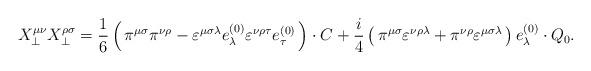
LaTeX: \begin{align*}X_\bot^{\mu\nu} X_\bot^{\rho\sigma} = \frac{1}{6} \left(\,\pi^{\mu\sigma} \pi^{\nu\rho} - \varepsilon^{\mu\sigma\lambda} e^{(0)}_\lambda\varepsilon^{\nu\rho\tau} e^{(0)}_\tau \, \right)\cdot C + \frac{i}{4} \left(\, \pi^{\mu\sigma} \varepsilon^{\nu\rho\lambda} + \pi^{\nu\rho} \varepsilon^{\mu\sigma\lambda} \, \right) e^{(0)}_\lambda \cdot Q_0. \end{align*}